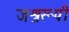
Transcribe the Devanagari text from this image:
जश्नरूपी